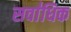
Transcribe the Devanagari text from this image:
सवा॑धिक